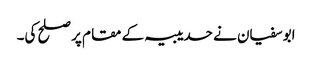
ابوسفیان نے حدیبیہ کے مقام پر صلح کی۔